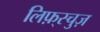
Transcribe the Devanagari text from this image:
लिफ़्स्चुज़